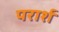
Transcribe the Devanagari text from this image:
परार्श